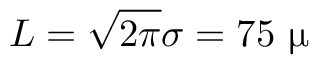
L = \sqrt { 2 \pi } \sigma = 7 5 ~ \upmu